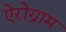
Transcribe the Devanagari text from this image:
ऐरोग्राम